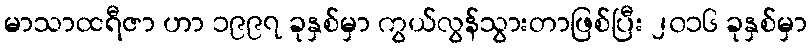
မာသာထရီဇာ ဟာ ၁၉၉၇ ခုနှစ်မှာ ကွယ်လွန်သွားတာဖြစ်ပြီး ၂၀၁၆ ခုနှစ်မှာ